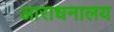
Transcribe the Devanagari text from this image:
आराधनालय